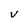
Character: V